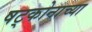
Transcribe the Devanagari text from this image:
षट्कोनाच्या